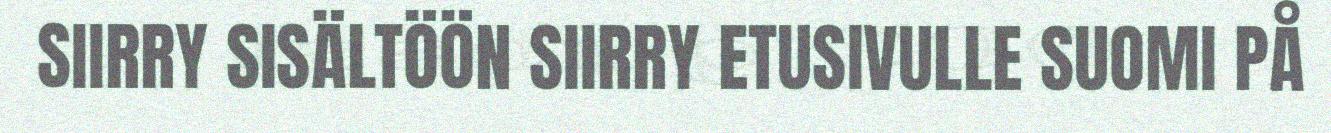
SIIRRY SISÄLTÖÖN SIIRRY ETUSIVULLE SUOMI PÅ